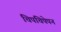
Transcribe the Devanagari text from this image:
चिपचिपेपन